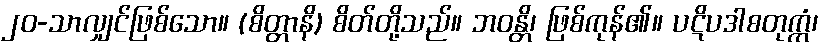
၂၀-သာလျှင်ဖြစ်သော။ (စိတ္တာနိ) စိတ်တို့သည်။ ဘဝန္တိ၊ ဖြစ်ကုန်၏။ ပဋိပဒါစတုက္ကံ၊